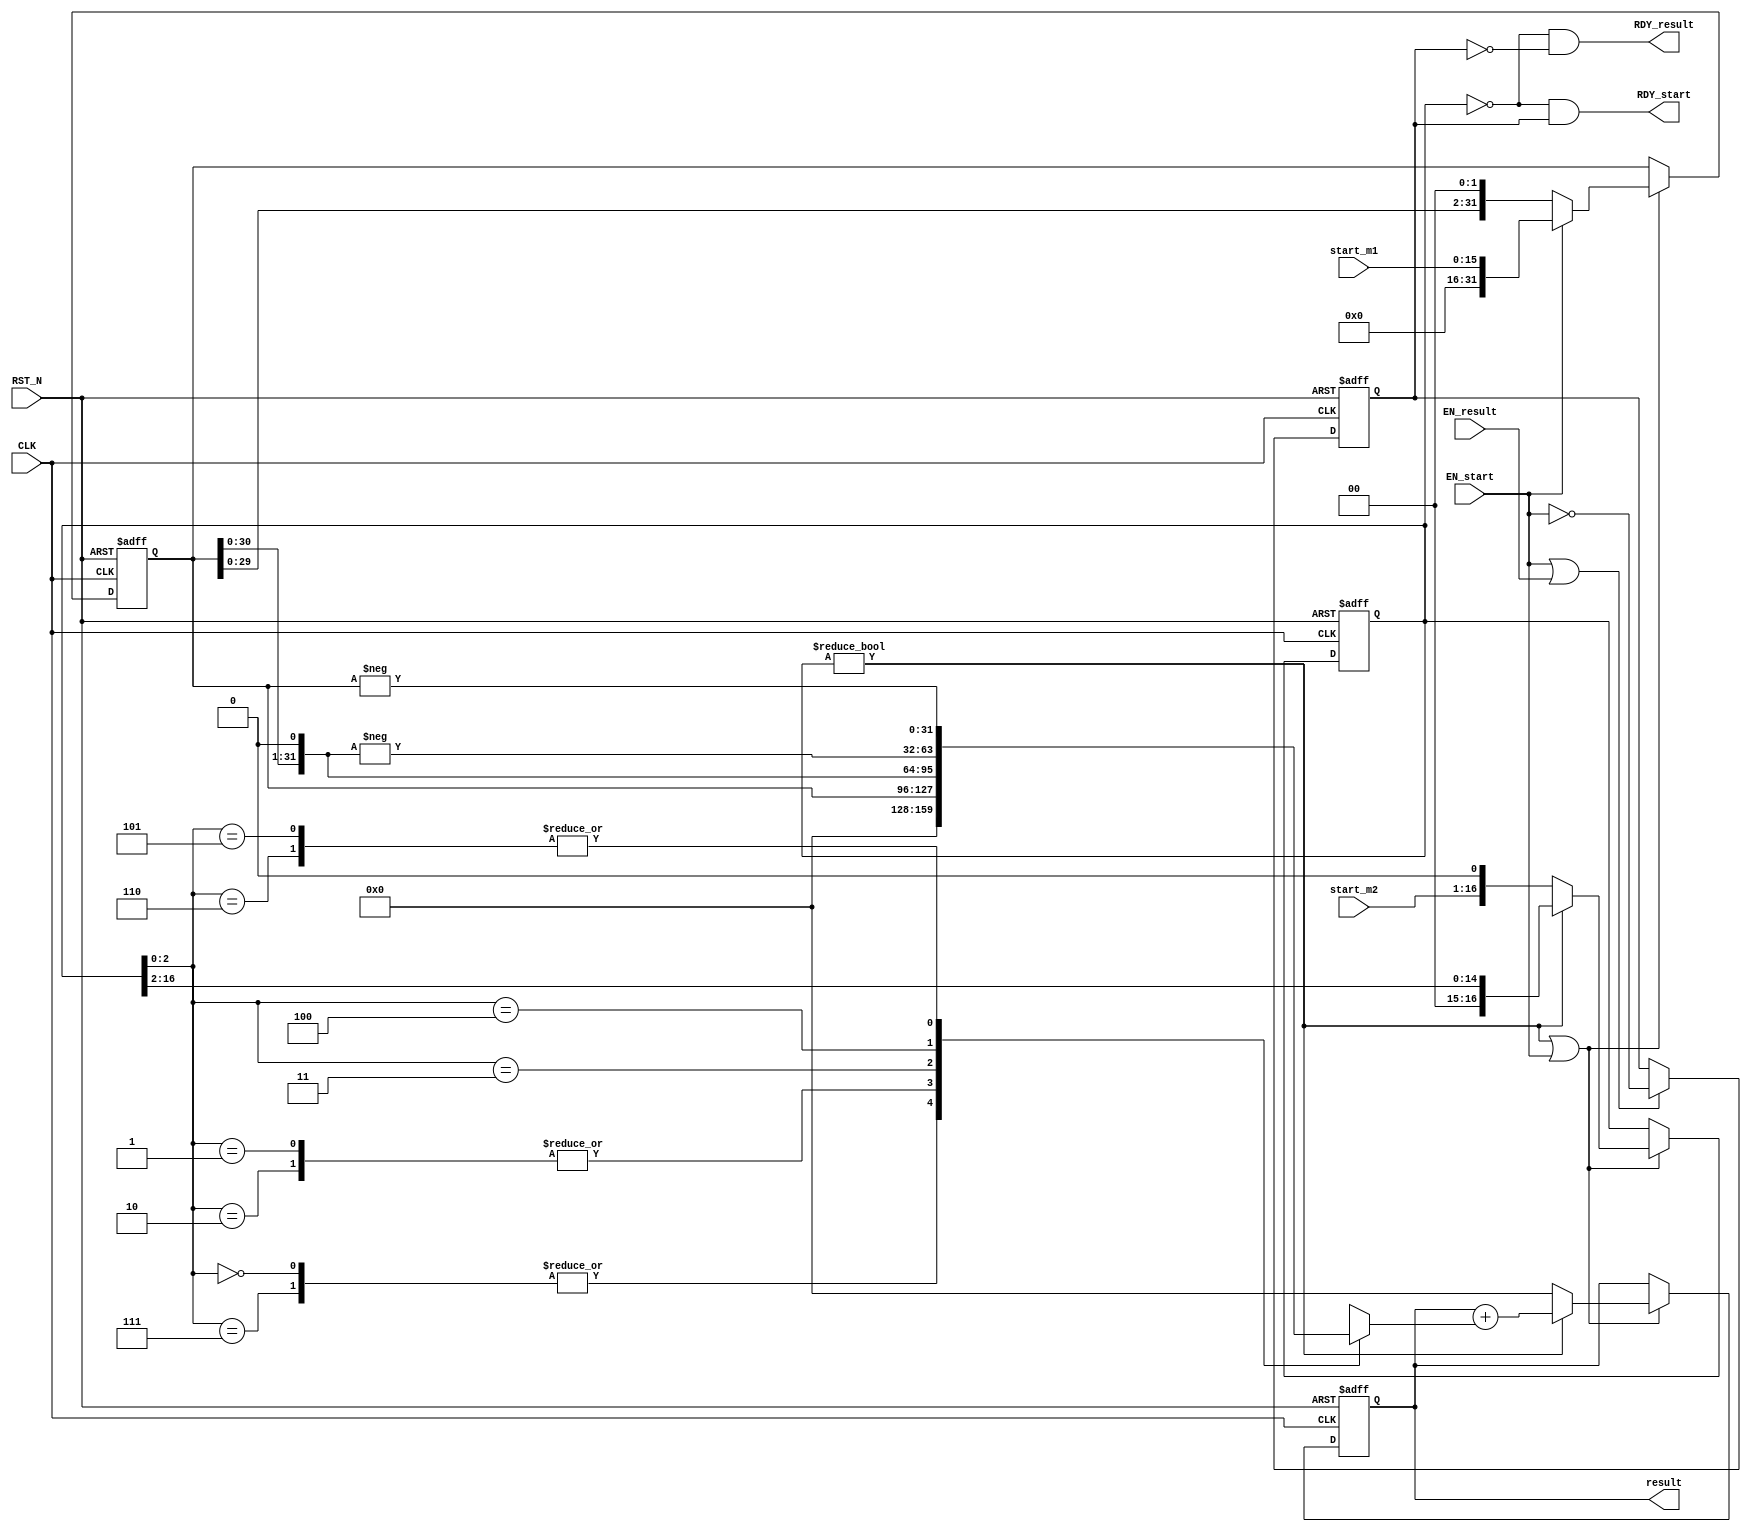
//
// Generated by Bluespec Compiler, version 2017.04.beta1 (build 35065, 2017-04-17)
//
// On Mon Feb 17 18:26:18 IST 2020
//
//
// Ports:
// Name                         I/O  size props
// RDY_start                      O     1
// result                         O    32 reg
// RDY_result                     O     1
// CLK                            I     1 clock
// RST_N                          I     1 reset
// start_m1                       I    16
// start_m2                       I    16
// EN_start                       I     1
// EN_result                      I     1
//
// No combinational paths from inputs to outputs
//
//

`ifdef BSV_ASSIGNMENT_DELAY
`else
  `define BSV_ASSIGNMENT_DELAY
`endif

`ifdef BSV_POSITIVE_RESET
  `define BSV_RESET_VALUE 1'b1
  `define BSV_RESET_EDGE posedge
`else
  `define BSV_RESET_VALUE 1'b0
  `define BSV_RESET_EDGE negedge
`endif

module mkMult2(CLK,
	       RST_N,

	       start_m1,
	       start_m2,
	       EN_start,
	       RDY_start,

	       EN_result,
	       result,
	       RDY_result);
  input  CLK;
  input  RST_N;

  // action method start
  input  [15 : 0] start_m1;
  input  [15 : 0] start_m2;
  input  EN_start;
  output RDY_start;

  // actionvalue method result
  input  EN_result;
  output [31 : 0] result;
  output RDY_result;

  // signals for module outputs
  wire [31 : 0] result;
  wire RDY_result, RDY_start;

  // register available
  reg available;
  wire available$D_IN, available$EN;

  // register mcand
  reg [16 : 0] mcand;
  wire [16 : 0] mcand$D_IN;
  wire mcand$EN;

  // register mplr
  reg [31 : 0] mplr;
  wire [31 : 0] mplr$D_IN;
  wire mplr$EN;

  // register product
  reg [31 : 0] product;
  wire [31 : 0] product$D_IN;
  wire product$EN;

  // inputs to muxes for submodule ports
  wire [31 : 0] MUX_mplr$write_1__VAL_1,
		MUX_mplr$write_1__VAL_2,
		MUX_product$write_1__VAL_1;
  wire [16 : 0] MUX_mcand$write_1__VAL_1, MUX_mcand$write_1__VAL_2;

  // remaining internal signals
  reg [31 : 0] tmp__h176;
  wire [31 : 0] NEG_mplr_0___d19, x__h287;

  // action method start
  assign RDY_start = mcand == 17'd0 && available ;

  // actionvalue method result
  assign result = product ;
  assign RDY_result = mcand == 17'd0 && !available ;

  // inputs to muxes for submodule ports
  assign MUX_mcand$write_1__VAL_1 = { 2'd0, mcand[16:2] } ;
  assign MUX_mcand$write_1__VAL_2 = { start_m2, 1'b0 } ;
  assign MUX_mplr$write_1__VAL_1 = { 16'd0, start_m1 } ;
  assign MUX_mplr$write_1__VAL_2 = { mplr[29:0], 2'd0 } ;
  assign MUX_product$write_1__VAL_1 = product + tmp__h176 ;

  // register available
  assign available$D_IN = !EN_start ;
  assign available$EN = EN_start || EN_result ;

  // register mcand
  assign mcand$D_IN =
	     (mcand != 17'd0) ?
	       MUX_mcand$write_1__VAL_1 :
	       MUX_mcand$write_1__VAL_2 ;
  assign mcand$EN = mcand != 17'd0 || EN_start ;

  // register mplr
  assign mplr$D_IN =
	     EN_start ? MUX_mplr$write_1__VAL_1 : MUX_mplr$write_1__VAL_2 ;
  assign mplr$EN = EN_start || mcand != 17'd0 ;

  // register product
  assign product$D_IN =
	     (mcand != 17'd0) ? MUX_product$write_1__VAL_1 : 32'd0 ;
  assign product$EN = mcand != 17'd0 || EN_start ;

  // remaining internal signals
  assign NEG_mplr_0___d19 = -mplr ;
  assign x__h287 = { mplr[30:0], 1'd0 } ;
  always@(mcand or mplr or x__h287 or NEG_mplr_0___d19)
  begin
    case (mcand[2:0])
      3'd0, 3'd7: tmp__h176 = 32'd0;
      3'd1, 3'd2: tmp__h176 = mplr;
      3'd3: tmp__h176 = x__h287;
      3'd4: tmp__h176 = -x__h287;
      3'd5, 3'd6: tmp__h176 = NEG_mplr_0___d19;
    endcase
  end

  // handling of inlined registers

  always@(posedge CLK or negedge RST_N )
  begin
    if (RST_N == `BSV_RESET_VALUE)
      begin
        available <= `BSV_ASSIGNMENT_DELAY 1'd1;
	mcand <= `BSV_ASSIGNMENT_DELAY 17'd0;
	mplr <= `BSV_ASSIGNMENT_DELAY 32'hAAAAAAAA;
	product <= `BSV_ASSIGNMENT_DELAY 32'hAAAAAAAA;
      end
    else
      begin
        if (available$EN) available <= `BSV_ASSIGNMENT_DELAY available$D_IN;
	if (mcand$EN) mcand <= `BSV_ASSIGNMENT_DELAY mcand$D_IN;
	if (mplr$EN) mplr <= `BSV_ASSIGNMENT_DELAY mplr$D_IN;
	if (product$EN) product <= `BSV_ASSIGNMENT_DELAY product$D_IN;
      end
  end

  // synopsys translate_off
  `ifdef BSV_NO_INITIAL_BLOCKS
  `else // not BSV_NO_INITIAL_BLOCKS
  initial
  begin
    available = 1'h0;
    mcand = 17'h0AAAA;
    mplr = 32'hAAAAAAAA;
    product = 32'hAAAAAAAA;
  end
  `endif // BSV_NO_INITIAL_BLOCKS
  // synopsys translate_on
endmodule  // mkMult2